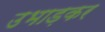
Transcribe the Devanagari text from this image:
उभाड़कर